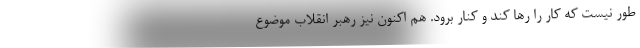
طور نیست که کار را رها کند و کنار برود. هم اکنون نیز رهبر انقلاب موضوع